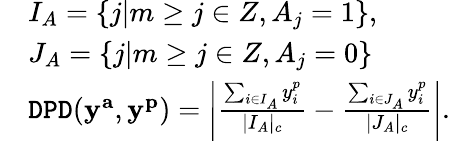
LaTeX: \begin{array}{rl}&{I_{A}=\left\{ j|m\geq j\in Z,A_{j}=1\right\} ,}\\ &{J_{A}=\left\{ j|m\geq j\in Z,A_{j}=0\right\} }\\ &{{\tt DPD}(\mathbf{y^{a}},\mathbf{y^{p}})=\left|\frac{\sum_{i\in I_{A}}y_{i}^{p}}{|I_{A}|_{c}}-\frac{\sum_{i\in J_{A}}y_{i}^{p}}{|J_{A}|_{c}}\right|.}\end{array}